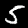
Label: 5